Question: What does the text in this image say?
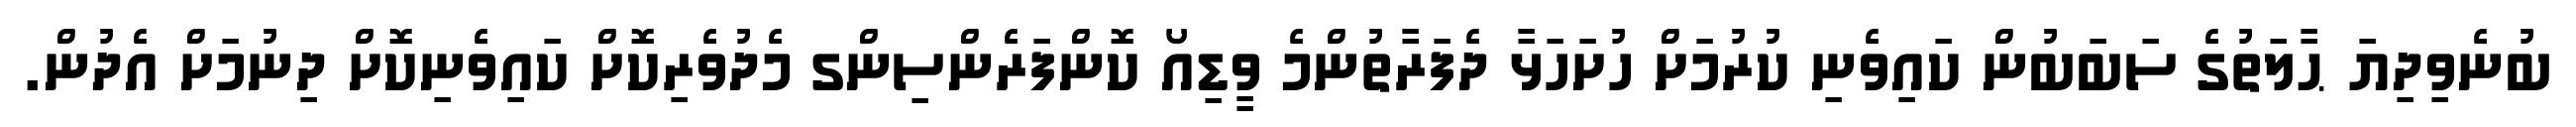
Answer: ބުނެވިދިޔަ ޙާލަތުގެ ސަބަބުން ކައިވެނި ކުރުމަށް ހުށަހަޅާ ދެފަރާތުންމެ ވީޑިއޯ ކޮންފަރެންސިންގ މެދުވެރިކޮށް ކައިވެނިކޮށް ދިނުމަށް އެދުން.